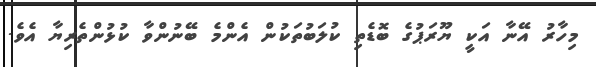
މިހާރު އޭނާ އަކީ ޔޫރަޕުގެ ބޮޑެތި ކުލަބުތަކުން އެންމެ ބޭނުންވާ ކުޅުންތެރިޔާ އެވެ.